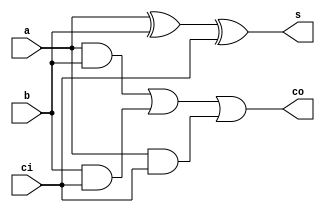
`timescale 1ns / 1ps
//////////////////////////////////////////////////////////////////////////////////
// Company: 
// Engineer: 
// 
// Design Name: 
// Module Name: adder_1bit
// Project Name: 
// Target Devices: 
// Tool Versions: 
// Description: 
// 
// Dependencies: 
// 
// Revision:
// Revision 0.01 - File Created
// Additional Comments:
// 
//////////////////////////////////////////////////////////////////////////////////


module adder_1bit(
    input a,
    input b,
    input ci,
    output s,
    output co
    );
    wire s1, c1, c2, c3;
    and (c1, a, b),
        (c2, b, ci),
        (c3, a, ci);
    
    xor (s1, a, b),
        (s, s1, ci);
    
    or (co, c1, c2, c3);
endmodule